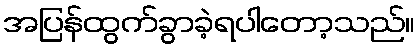
အပြန်ထွက်ခွာခဲ့ရပါတော့သည်။